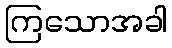
ကြသောအခါ